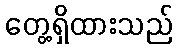
တွေ့ရှိထားသည်